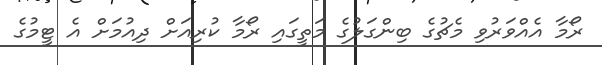
ރޯމާ އެއްވަރުވި މެޗުގެ ބިންގަލުގެ މަތީގައި ރޯމާ ކުރިއަށް ދިއުމަށް އެ ޓީމުގެ